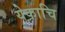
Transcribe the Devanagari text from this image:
येकाचि